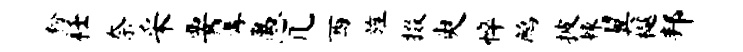
粉衽奈采要篝愚几西旌掇臾悴鹧披棘翼樾邦